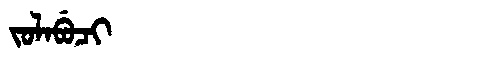
Manchu: ᠵᠣᠯᠠᠪᡠᠴᡳ
Romanization: JOLABUCI